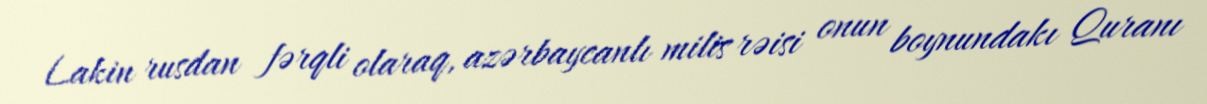
Lakin rusdan fərqli olaraq, azərbaycanlı milis rəisi onun boynundakı Quranı